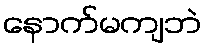
နောက်မကျဘဲ